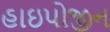
હાઇપોજીન